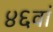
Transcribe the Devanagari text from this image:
४६वां